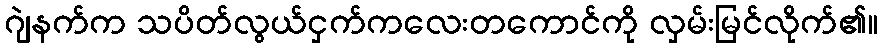
ဂျဲနက်က သပိတ်လွယ်ငှက်ကလေးတကောင်ကို လှမ်းမြင်လိုက်၏။